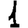
Digit: 1